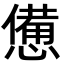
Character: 憊